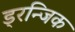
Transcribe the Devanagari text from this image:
ड्रन्जिक